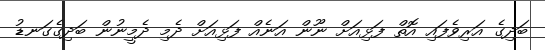
ބަދިގެ އަރިވެފައި އޮތް ފަޅިއަށް ނޫން އަނެއް ފަޅިއަށް ދެމި ދެމީނުން ބަދިގެގަނޑު